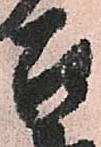
届